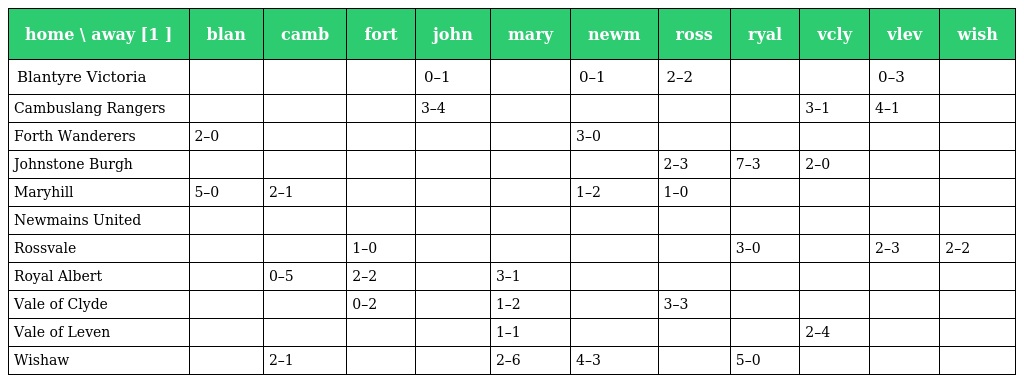
| home \ away [1 ] | blan | camb | fort | john | mary | newm | ross | ryal | vcly | vlev | wish |
 | --- | --- | --- | --- | --- | --- | --- | --- | --- | --- | --- | --- |
 | Blantyre Victoria |  |  |  | 0–1 |  | 0–1 | 2–2 |  |  | 0–3 |  |
 | Cambuslang Rangers |  |  |  | 3–4 |  |  |  |  | 3–1 | 4–1 |  |
 | Forth Wanderers | 2–0 |  |  |  |  | 3–0 |  |  |  |  |  |
 | Johnstone Burgh |  |  |  |  |  |  | 2–3 | 7–3 | 2–0 |  |  |
 | Maryhill | 5–0 | 2–1 |  |  |  | 1–2 | 1–0 |  |  |  |  |
 | Newmains United |  |  |  |  |  |  |  |  |  |  |  |
 | Rossvale |  |  | 1–0 |  |  |  |  | 3–0 |  | 2–3 | 2–2 |
 | Royal Albert |  | 0–5 | 2–2 |  | 3–1 |  |  |  |  |  |  |
 | Vale of Clyde |  |  | 0–2 |  | 1–2 |  | 3–3 |  |  |  |  |
 | Vale of Leven |  |  |  |  | 1–1 |  |  |  | 2–4 |  |  |
 | Wishaw |  | 2–1 |  |  | 2–6 | 4–3 |  | 5–0 |  |  |  |